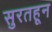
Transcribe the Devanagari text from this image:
सुरतहून